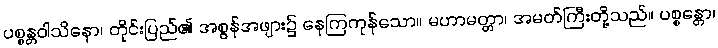
ပစ္စန္တဝါသိနော၊ တိုင်းပြည်၏ အစွန်အဖျား၌ နေကြကုန်သော။ မဟာမတ္တာ၊ အမတ်ကြီးတို့သည်။ ပစ္စန္တော၊